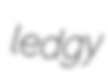
ledgy